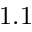
1 . 1